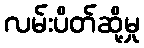
လမ်းပိတ်ဆို့မှု